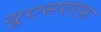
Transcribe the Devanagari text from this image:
यूएसएएफ़